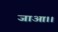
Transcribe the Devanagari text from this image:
जाआ।।